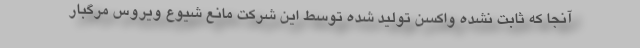
آنجا که ثابت نشده واکسن تولید شده توسط این شرکت مانع شیوع ویروس مرگبار